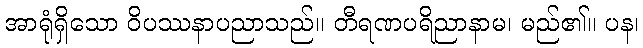
အာရုံရှိသော ဝိပဿနာပညာသည်။ တီရဏပရိညာနာမ၊ မည်၏။ ပန၊